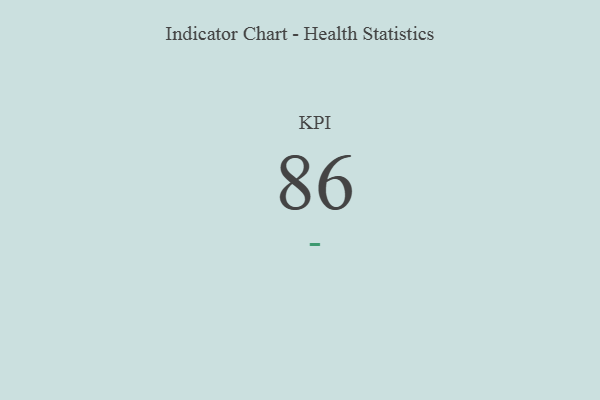
{"axis": {"x": "KPI", "y": "Value"}, "legend": [""], "data": [{"x": "KPI", "y": 86, "type": ""}]}